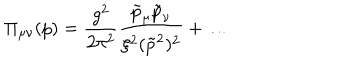
LaTeX: \Pi _ { \mu \nu } ( p ) = \frac { g ^ { 2 } } { 2 \pi ^ { 2 } } \frac { \tilde { p } _ { \mu } \tilde { p } _ { \nu } } { \xi ^ { 2 } ( \tilde { p } ^ { 2 } ) ^ { 2 } } + \ldots